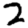
Digit: 2